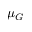
\mu _ { G }